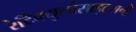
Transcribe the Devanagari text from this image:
रेटिक्युलोसाइटसची